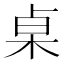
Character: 桌